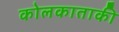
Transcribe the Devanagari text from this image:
कोलकाताकी